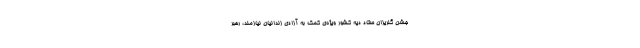
جشن گلریزان ستاد دیه کشور ویژه‌ی کمک به آزادی زندانیان نیازمند، رهبر